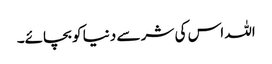
اللہ اس کی شر سے دنیا کو بچائے۔